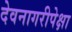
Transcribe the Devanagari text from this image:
देवनागरीपेक्षा